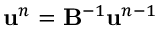
\ensuremath { \mathbf { u } } ^ { n } = \mathbf { B } ^ { - 1 } \ensuremath { \mathbf { u } } ^ { n - 1 }